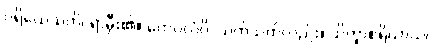
ပရိယေသတိ၊ ရှာမှီး၏။ ကေဝလံပိ၊ သက်သက်လည်း။ သိက္ခာစရိယာယ၊